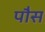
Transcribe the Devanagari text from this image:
पौस